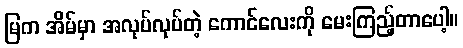
မြက အိမ်မှာ အလုပ်လုပ်တဲ့ ကောင်လေးကို မေးကြည့်တာပေါ့။